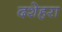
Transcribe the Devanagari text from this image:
दशेहरा